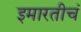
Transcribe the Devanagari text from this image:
इमारतीचं